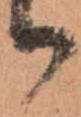
り